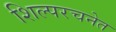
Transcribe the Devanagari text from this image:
शिल्परचनेत